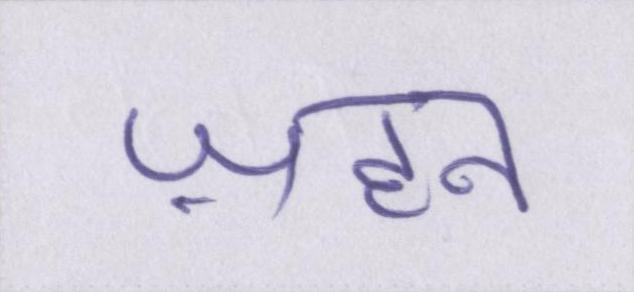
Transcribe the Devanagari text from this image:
ज़हन